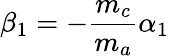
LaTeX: \beta_{1}=-\frac{m_{c}}{m_{a}}\alpha_{1}